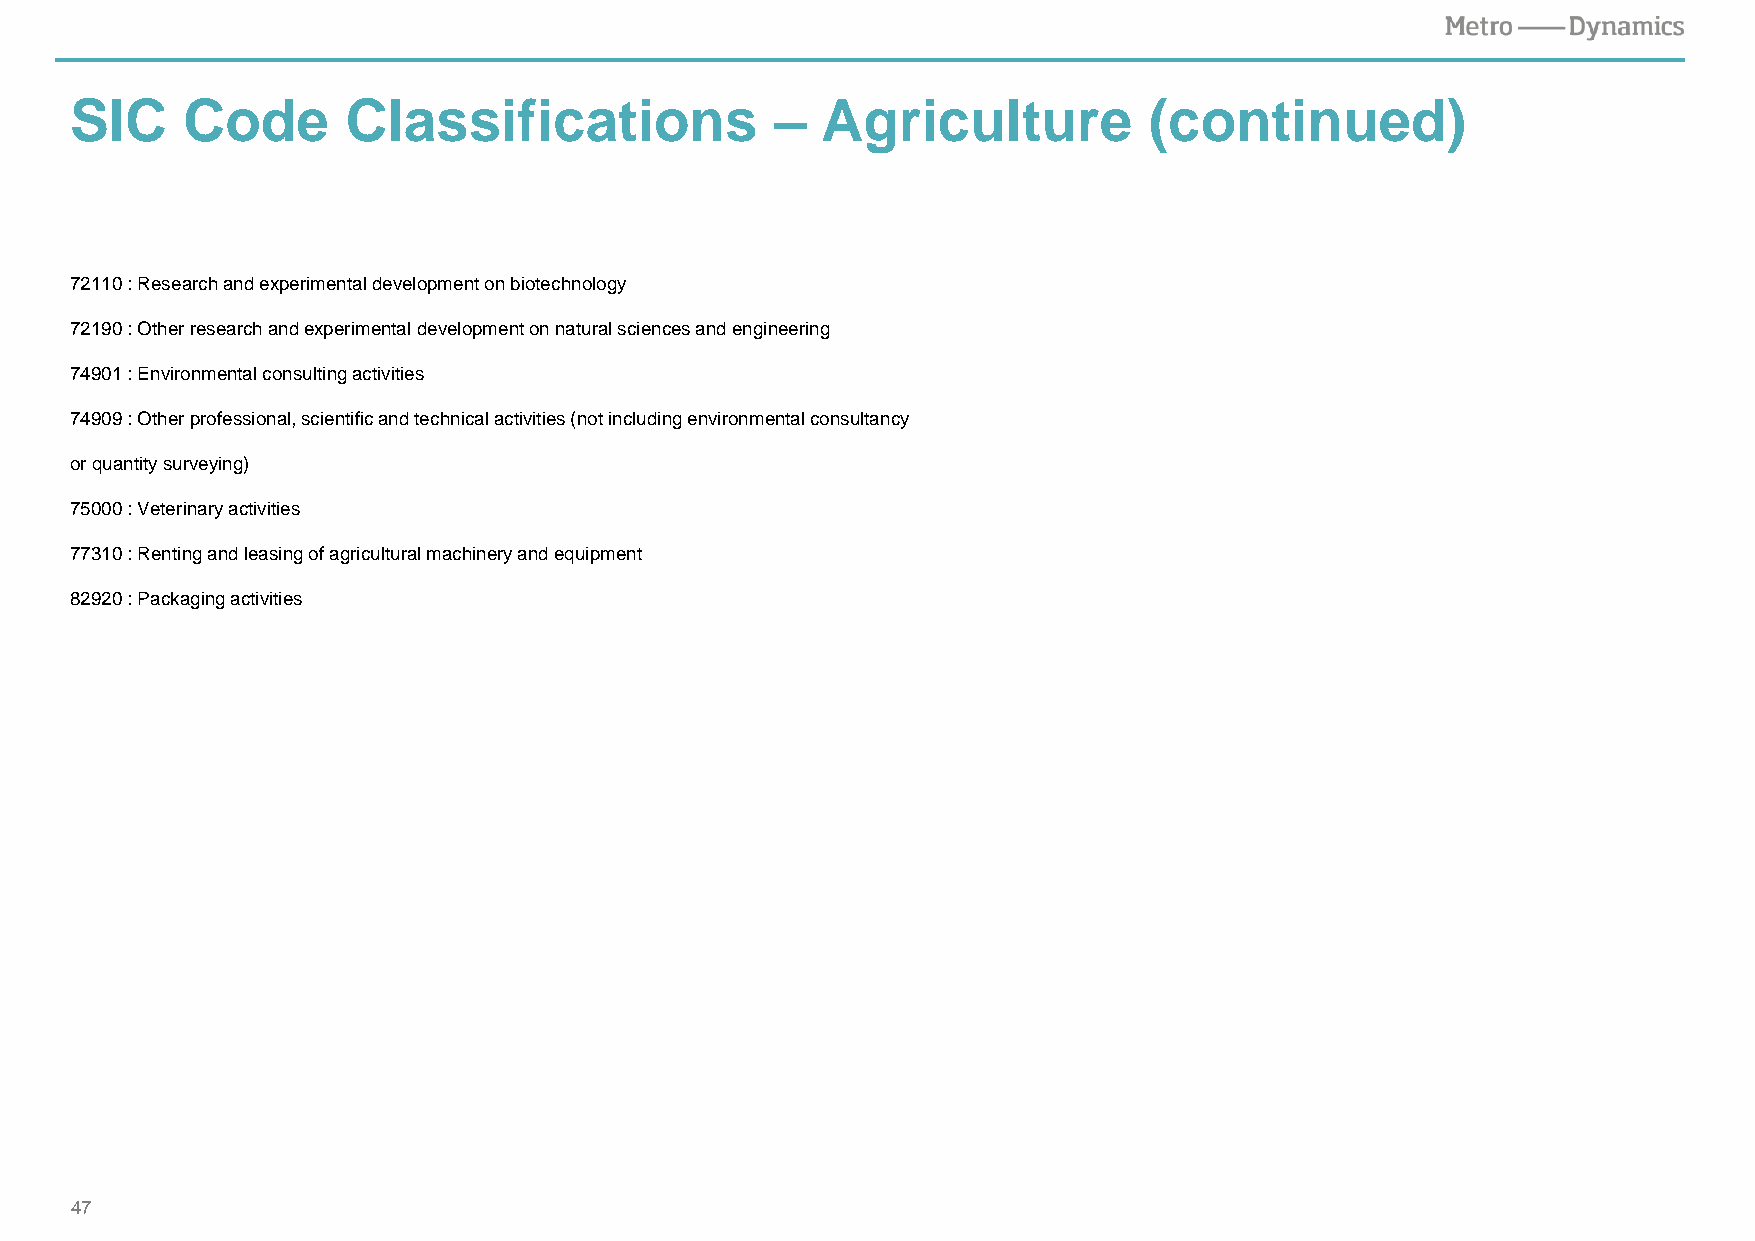
SIC    Code       Classifications             –  Agriculture           (continued)
 72110 : Research and experimental development on biotechnology
 72190 : Other research and experimental development on natural sciences and engineering
 74901 : Environmental consulting activities
 74909 : Other professional, scientific and technical activities (not including environmental consultancy
 or quantity surveying)
 75000 : Veterinary activities
 77310 : Renting and leasing of agricultural machinery and equipment
 82920 : Packaging activities
 47